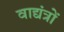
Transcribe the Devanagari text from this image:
वाद्यंत्रों